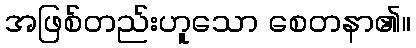
အဖြစ်တည်းဟူသော စေတနာ၏။